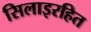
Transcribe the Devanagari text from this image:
सिलाइरहित